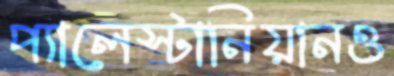
প্যালেস্টানিয়ানও